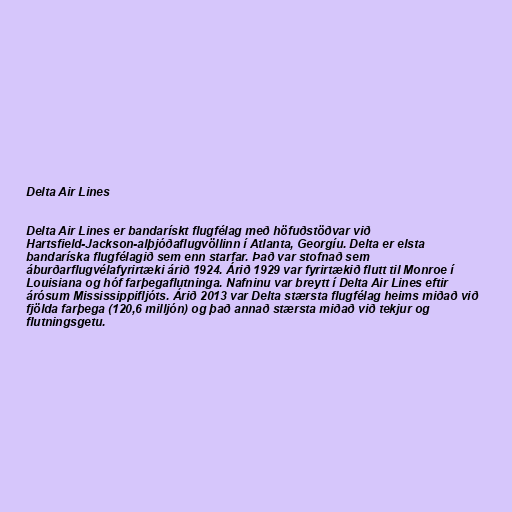
Delta Air Lines

Delta Air Lines er bandarískt flugfélag með höfuðstöðvar við
Hartsfield-Jackson-alþjóðaflugvöllinn í Atlanta, Georgíu. Delta er elsta
bandaríska flugfélagið sem enn starfar. Það var stofnað sem
áburðarflugvélafyrirtæki árið 1924. Árið 1929 var fyrirtækið flutt til Monroe í
Louisiana og hóf farþegaflutninga. Nafninu var breytt í Delta Air Lines eftir
árósum Mississippifljóts. Árið 2013 var Delta stærsta flugfélag heims miðað við
fjölda farþega (120,6 milljón) og það annað stærsta miðað við tekjur og
flutningsgetu.